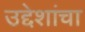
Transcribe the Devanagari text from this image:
उद्देशांचा